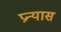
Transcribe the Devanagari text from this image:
प्रन्‍यास